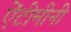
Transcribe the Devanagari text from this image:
ऐंटीमीनी